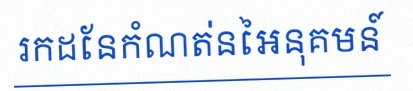
រកដែនកំណត់នៃអនុគមន៍